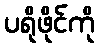
ပရိုဖိုင်ကို